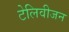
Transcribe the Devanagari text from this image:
टेलिवीजन